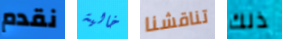
نقدم خالية تناقشنا ذلك